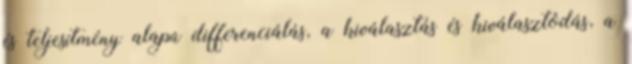
és teljesítmény alapú differenciálás, a kiválasztás és kiválasztódás, a